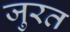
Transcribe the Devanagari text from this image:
जुरत